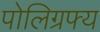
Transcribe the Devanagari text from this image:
पोलिग्रफ्य